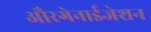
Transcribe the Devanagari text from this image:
औरगेनाईजेशन